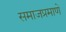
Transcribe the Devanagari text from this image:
समाजप्रमाणे